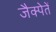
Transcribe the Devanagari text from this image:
जैक्पेतें